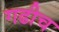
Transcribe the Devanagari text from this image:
गढीच